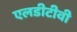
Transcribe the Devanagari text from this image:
एलडीटीवी